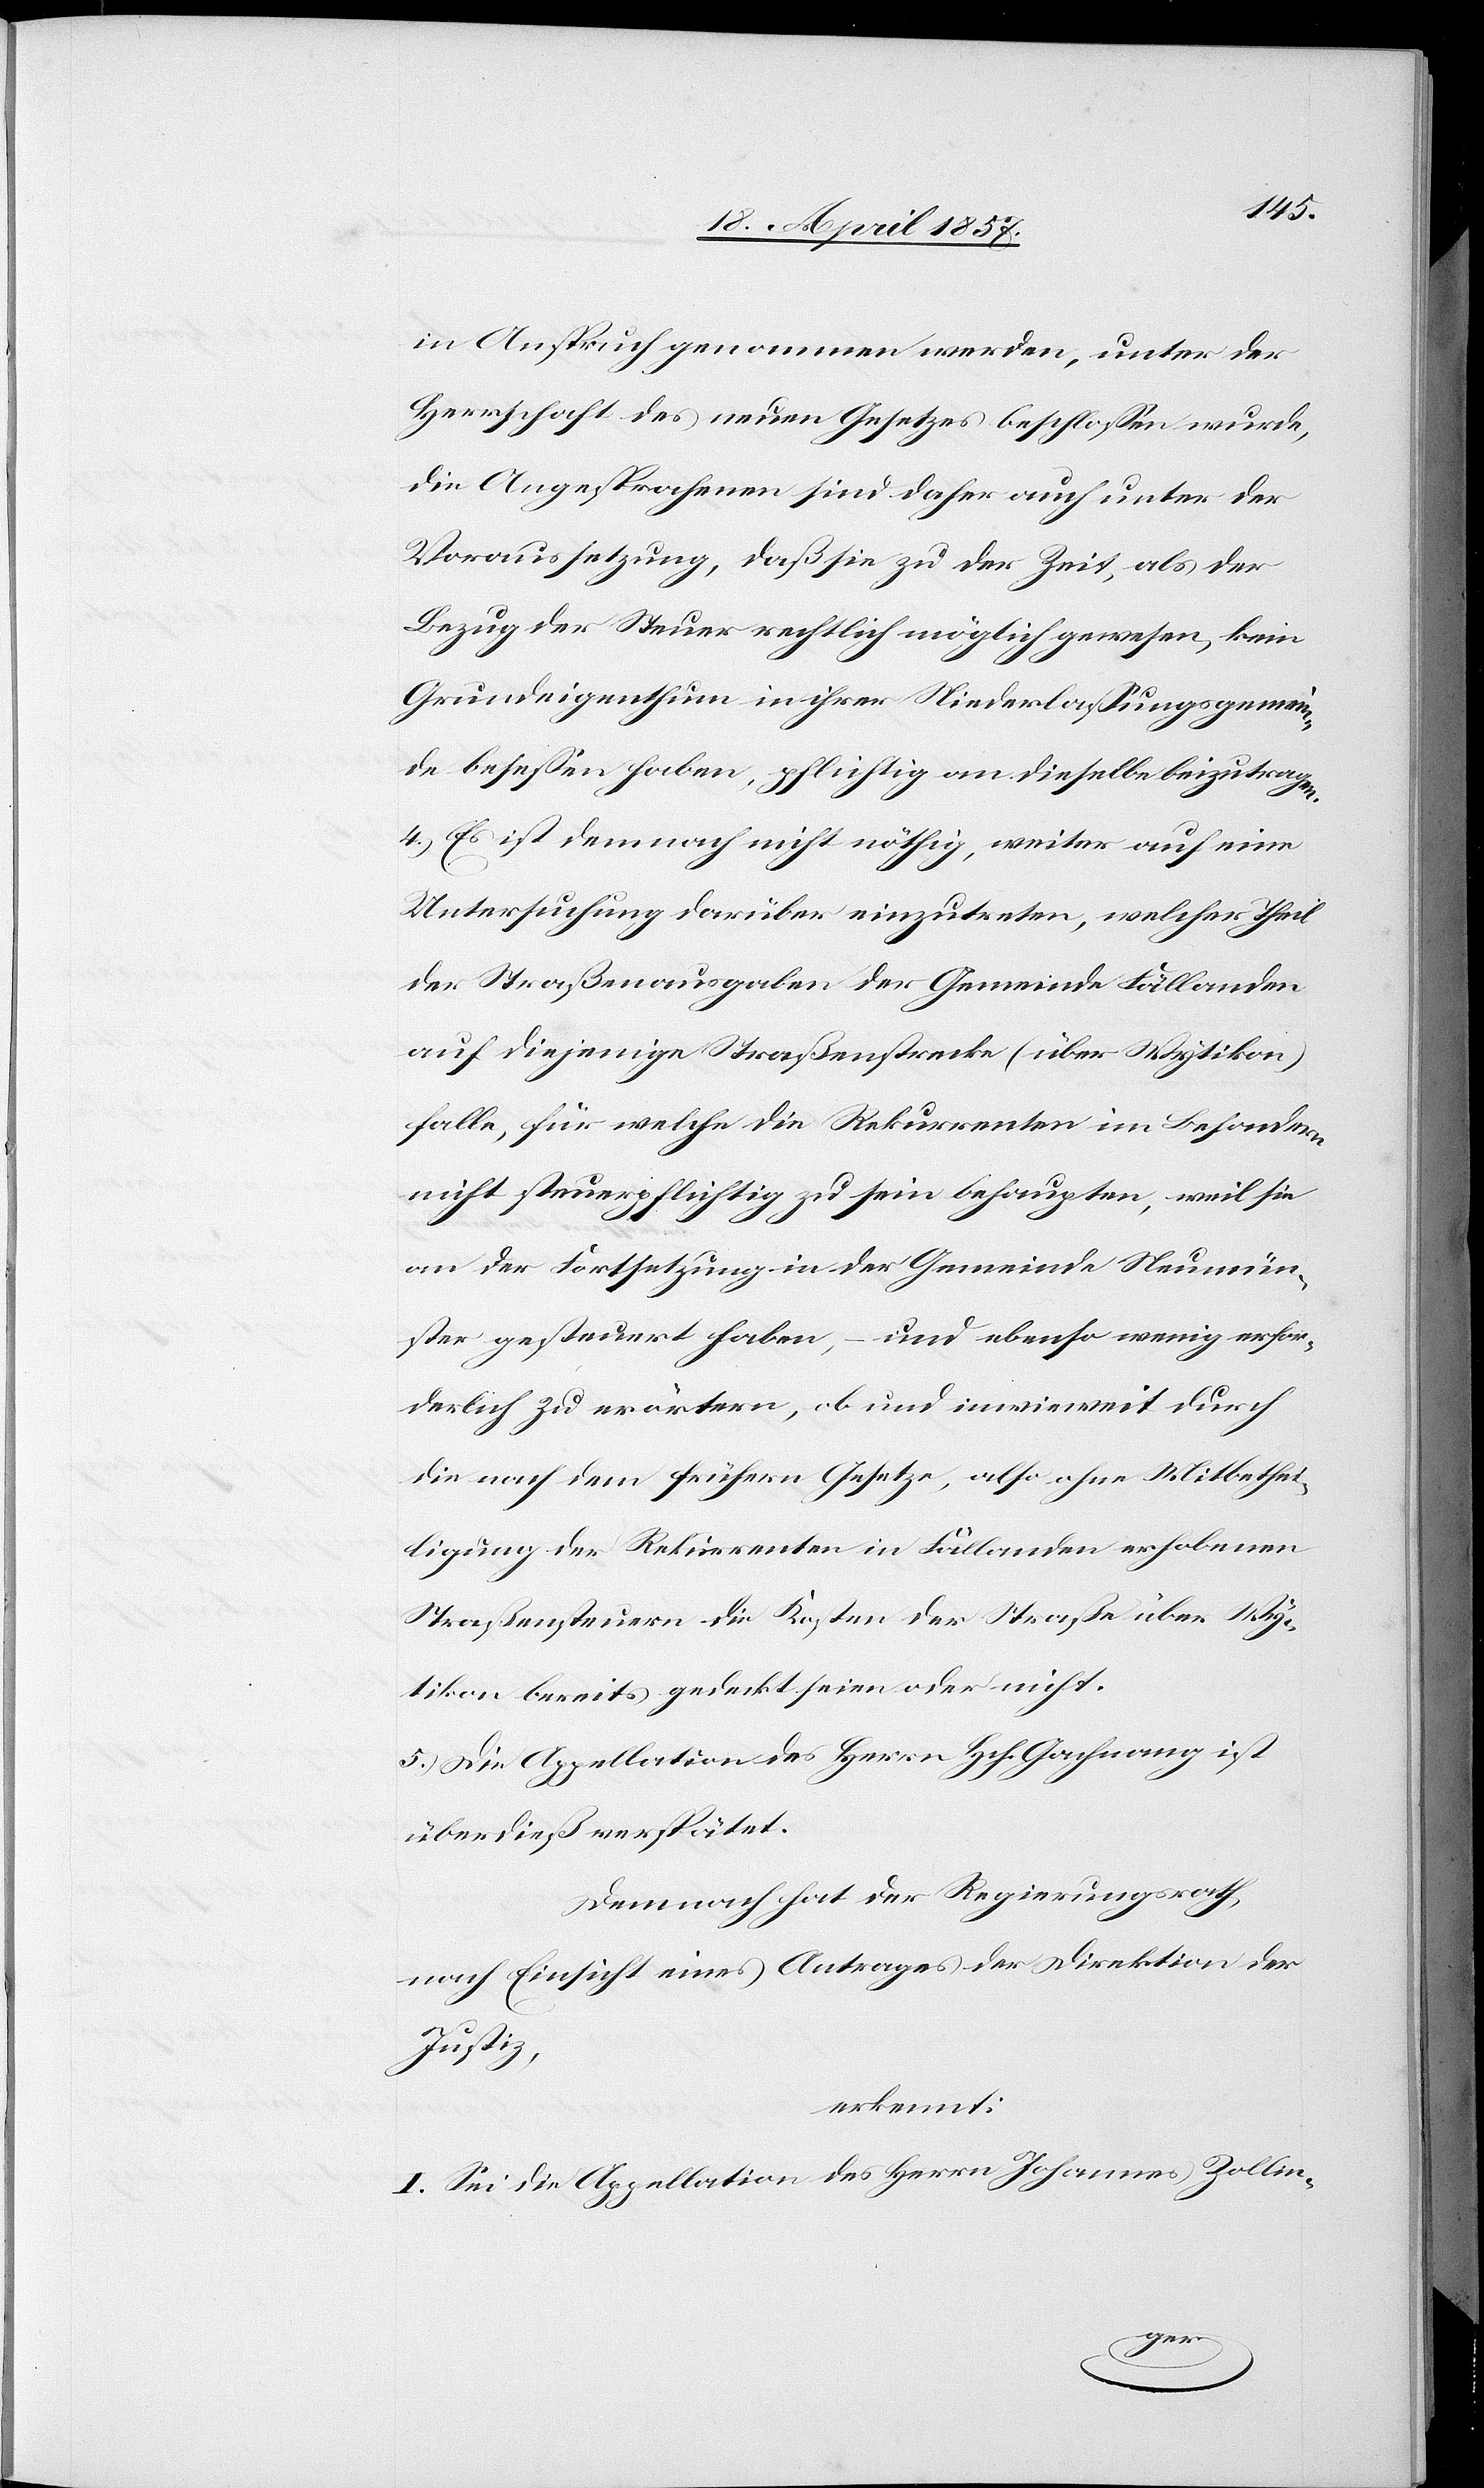
in Anspruch genommen werden, unter der
Herrschaft des neuen Gesetzes beschlossen wurde,
die Angesprochenen sind daher auch unter der
Voraussetzung, daß sie zu der Zeit, als der
Bezug der Steuer rechtlich möglich gewesen, kein
Grundeigenthum in ihrer Niederlassungsgemein¬
de besessen haben, pflichtig an dieselbe beizutragen.
4.) Es ist demnach nicht nöthig, weiter auf eine
Untersuchung darüber einzutreten, welcher Theil
der Straßenausgaben der Gemeinde Fällanden
auf diejenige Straßenstrecke (über Wytikon)
falle, für welche die Rekurrenten im Besondern
nicht steuerpflichtig zu sein behaupten, weil sie
an der Fortsetzung in der Gemeinde Neumün¬
ster gesteuert haben, – und ebenso wenig erfor¬
derlich zu erörtern, ob und inwieweit durch
die nach dem frühern Gesetze, also ohne Mitbethei¬
ligung der Rekurrenten in Fällanden erhobenen
Straßensteuern die Kosten der Straße über Wy¬
tikon bereits gedeckt seien oder nicht.
5.) Die Appellation des Herrn Hch. Gachnang ist
überdieß verspätet.
Demnach hat der Regierungsrath,
nach Einsicht eines Antrages der Direktion der
Justiz,
erkennt:
I. Sei die Appellation des Herrn Johannes Zollin-